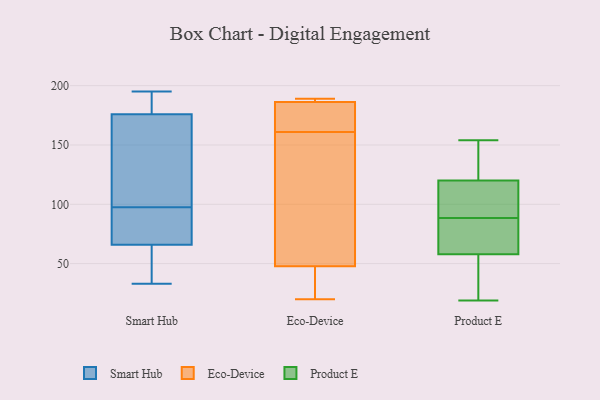
{"axis": {"x": "Page Views", "y": "Value"}, "legend": ["Eco-Device", "Product E", "Smart Hub"], "data": [{"x": "", "y": 33, "type": "Smart Hub"}, {"x": "", "y": 35, "type": "Smart Hub"}, {"x": "", "y": 180, "type": "Smart Hub"}, {"x": "", "y": 66, "type": "Smart Hub"}, {"x": "", "y": 179, "type": "Smart Hub"}, {"x": "", "y": 114, "type": "Smart Hub"}, {"x": "", "y": 56, "type": "Smart Hub"}, {"x": "", "y": 75, "type": "Smart Hub"}, {"x": "", "y": 116, "type": "Smart Hub"}, {"x": "", "y": 176, "type": "Smart Hub"}, {"x": "", "y": 81, "type": "Smart Hub"}, {"x": "", "y": 195, "type": "Smart Hub"}, {"x": "", "y": 166, "type": "Smart Hub"}, {"x": "", "y": 72, "type": "Smart Hub"}, {"x": "", "y": 151, "type": "Eco-Device"}, {"x": "", "y": 81, "type": "Eco-Device"}, {"x": "", "y": 161, "type": "Eco-Device"}, {"x": "", "y": 171, "type": "Eco-Device"}, {"x": "", "y": 20, "type": "Eco-Device"}, {"x": "", "y": 186, "type": "Eco-Device"}, {"x": "", "y": 53, "type": "Eco-Device"}, {"x": "", "y": 187, "type": "Eco-Device"}, {"x": "", "y": 172, "type": "Eco-Device"}, {"x": "", "y": 188, "type": "Eco-Device"}, {"x": "", "y": 22, "type": "Eco-Device"}, {"x": "", "y": 189, "type": "Eco-Device"}, {"x": "", "y": 32, "type": "Eco-Device"}, {"x": "", "y": 99, "type": "Product E"}, {"x": "", "y": 70, "type": "Product E"}, {"x": "", "y": 71, "type": "Product E"}, {"x": "", "y": 135, "type": "Product E"}, {"x": "", "y": 27, "type": "Product E"}, {"x": "", "y": 120, "type": "Product E"}, {"x": "", "y": 106, "type": "Product E"}, {"x": "", "y": 98, "type": "Product E"}, {"x": "", "y": 19, "type": "Product E"}, {"x": "", "y": 152, "type": "Product E"}, {"x": "", "y": 154, "type": "Product E"}, {"x": "", "y": 58, "type": "Product E"}, {"x": "", "y": 58, "type": "Product E"}, {"x": "", "y": 79, "type": "Product E"}]}